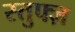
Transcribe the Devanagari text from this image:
स्तुफ्ज़